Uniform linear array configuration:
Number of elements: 8
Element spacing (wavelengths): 0.5
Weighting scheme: exponential
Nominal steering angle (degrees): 60
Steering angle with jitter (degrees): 61.482
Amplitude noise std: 0.05
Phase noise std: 0.05

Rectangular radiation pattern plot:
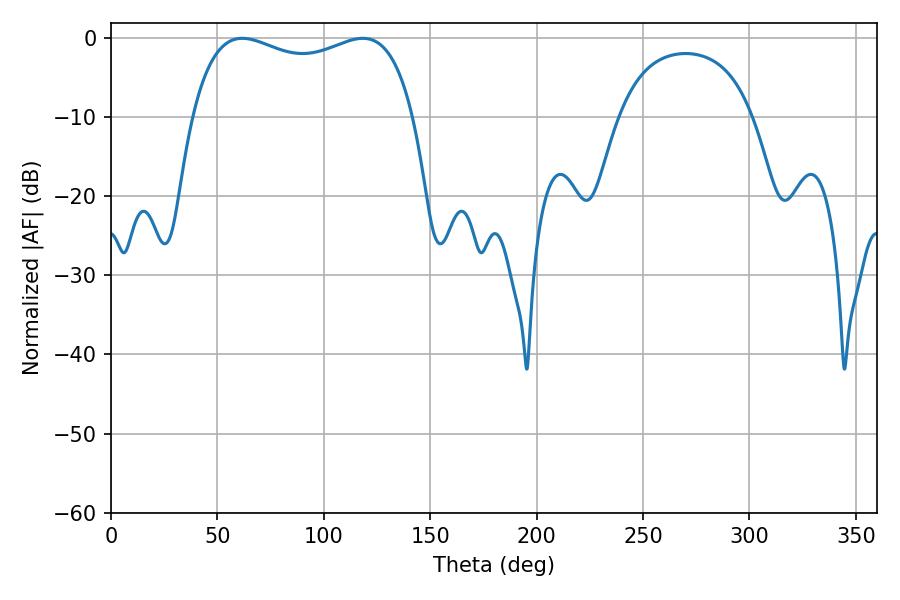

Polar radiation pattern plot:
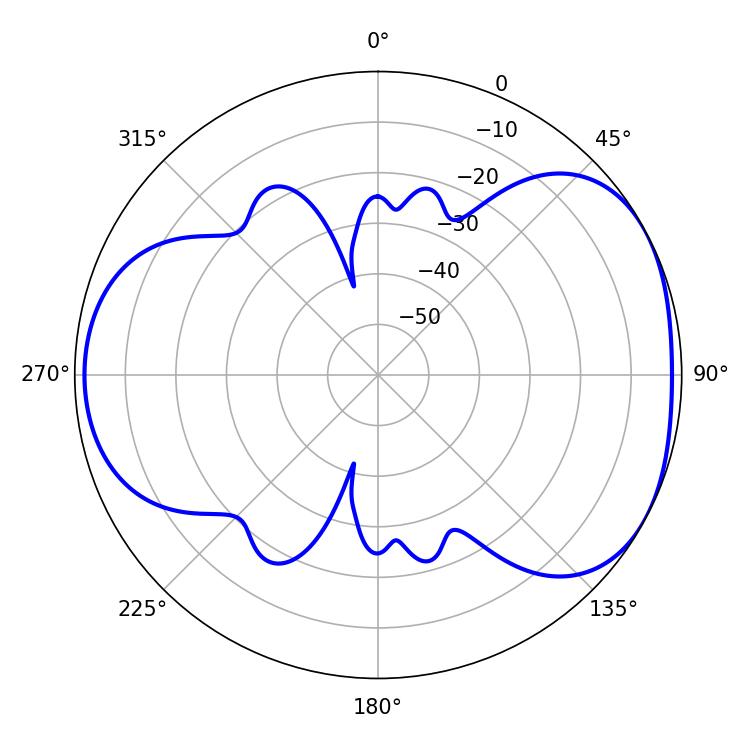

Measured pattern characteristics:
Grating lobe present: FALSE
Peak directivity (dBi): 4.617
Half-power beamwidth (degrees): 85.68
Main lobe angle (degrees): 61.74